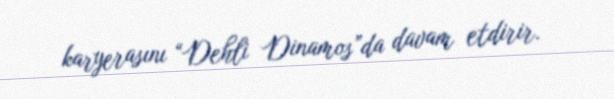
karyerasını “Dehli Dinamos”da davam etdirir.